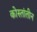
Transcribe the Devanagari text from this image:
कोस्तांतीन